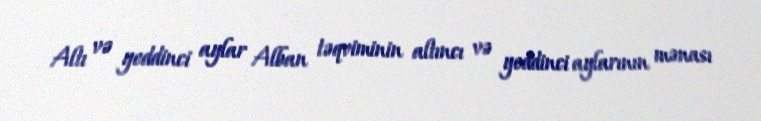
Altı və yeddinci aylar Alban təqviminin altıncı və yeddinci aylarının mənası